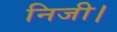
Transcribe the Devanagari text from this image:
निजी।